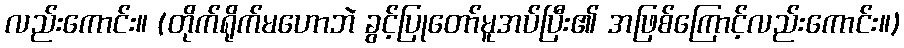
လည်းကောင်း။ (တိုက်ရိုက်မဟောဘဲ ခွင့်ပြုတော်မူအပ်ပြီး၏ အဖြစ်ကြောင့်လည်းကောင်း။)